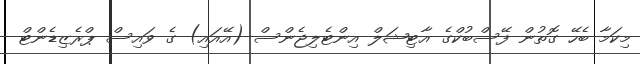
މިކަމާ ބެހޭ ގޮތުން ފޭސްބުކްގެ އާޓިިޝަލް އިންޓެލިޖެންސް (އޭއައި) ގެ ވައިސް ޕްރެޒިޑެންޓް